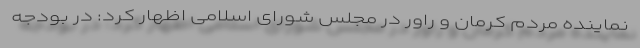
نماینده مردم کرمان و راور در مجلس شورای اسلامی اظهار کرد: در بودجه